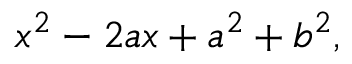
x ^ { 2 } - 2 a x + a ^ { 2 } + b ^ { 2 } ,